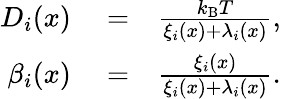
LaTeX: \begin{array}{rlr}{D_{i}(x)}&{{}=}&{\frac{k_{\mathrm{B}}T}{\xi_{i}(x)+\lambda_{i}(x)},}\\ {\beta_{i}(x)}&{{}=}&{\frac{\xi_{i}(x)}{\xi_{i}(x)+\lambda_{i}(x)}.}\end{array}